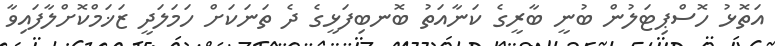
އަތޮޅު ހޮސްޕިޓަލުން ބުނީ ބާރީގެ ކަނާއަތު ބޮނބިފަޅީގެ ދެ ތަނަކަށް ހަމަލަދީ ޒަޚަމްކޮށްލާފައިވާ